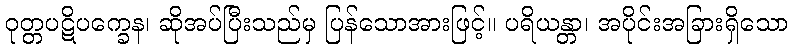
ဝုတ္တပဋိပက္ခေန၊ ဆိုအပ်ပြီးသည်မှ ပြန်သောအားဖြင့်။ ပရိယန္တာ၊ အပိုင်းအခြားရှိသော